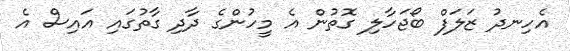
އެހިނދު ޒަލަފް ބޯޖަހާލި ގޮތުން އެ މީހުންގެ ދާދި ގާތުގައި އައިސް އެ